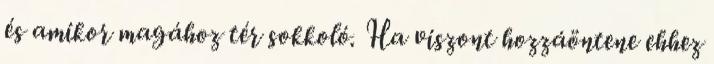
és amikor magához tér sokkoló. Ha viszont hozzáöntene ehhez